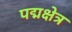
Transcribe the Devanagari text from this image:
पद्मक्षेत्र